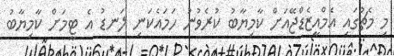
މި މެޗުގައި އެމްއީޒެޑްޖޭއަށް ކާމިޔާބު ކުރެވުނު ހަމައެކަނި ލަނޑު އެ ޓީމަށް ކާމިޔާބު